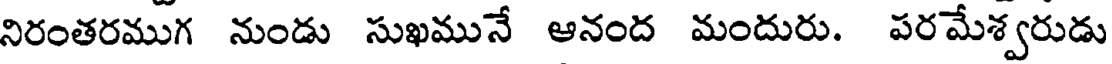
నిరంతరముగ నుండు సుఖమునే ఆనంద మందురు. పరమేశ్వరుడు